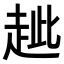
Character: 𧺼